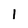
Character: 1